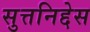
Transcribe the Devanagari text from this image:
सुत्तनिद्देस